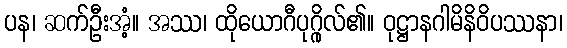
ပန၊ ဆက်ဦးအံ့။ အဿ၊ ထိုယောဂီပုဂ္ဂိုလ်၏။ ဝုဋ္ဌာနဂါမိနိဝိပဿနာ၊